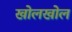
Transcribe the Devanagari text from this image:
खोलखोल